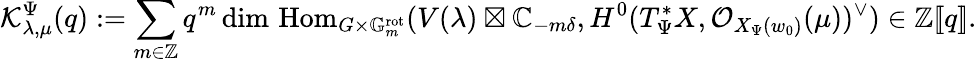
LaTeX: \mathcal{K}_{\lambda,\mu}^{\Psi}(q):=\sum_{m\in\mathbb{{Z}}}q^{m}\dim\, \mathrm{{Hom}}_{G\times\mathbb{G}_{m}^{\mathrm{{rot}}}}(V(\lambda)\boxtimes{\mathbb{C}}_{-m\delta},H^{0}(T_{\Psi}^{*}X,{\mathcal{O}}_{X_{\Psi}(w_{0})}(\mu))^{\vee})\in\mathbb{{Z}}[\! [q]\! ].